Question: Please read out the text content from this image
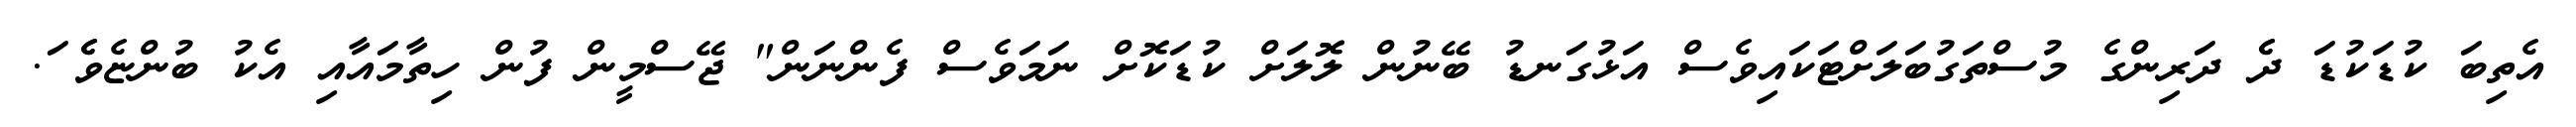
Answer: އެތިބަ ކުޑަކުޑަ ދެެ ދަރިންގެ މުސްތަގުބަލަށްޓަކައިވެސް އަޅުގަނޑު ބޭނުން ލޮލަށް ކުޑަކޮށް ނަމަވެސް ފެންނަން" ޖޭސްމީން ފުން ހިތާމައާއި އެކު ބުންޏެވެެ ަ.